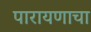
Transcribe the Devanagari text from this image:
पारायणाचा